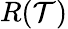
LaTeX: R(\mathcal{T})